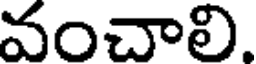
వంచాలి.